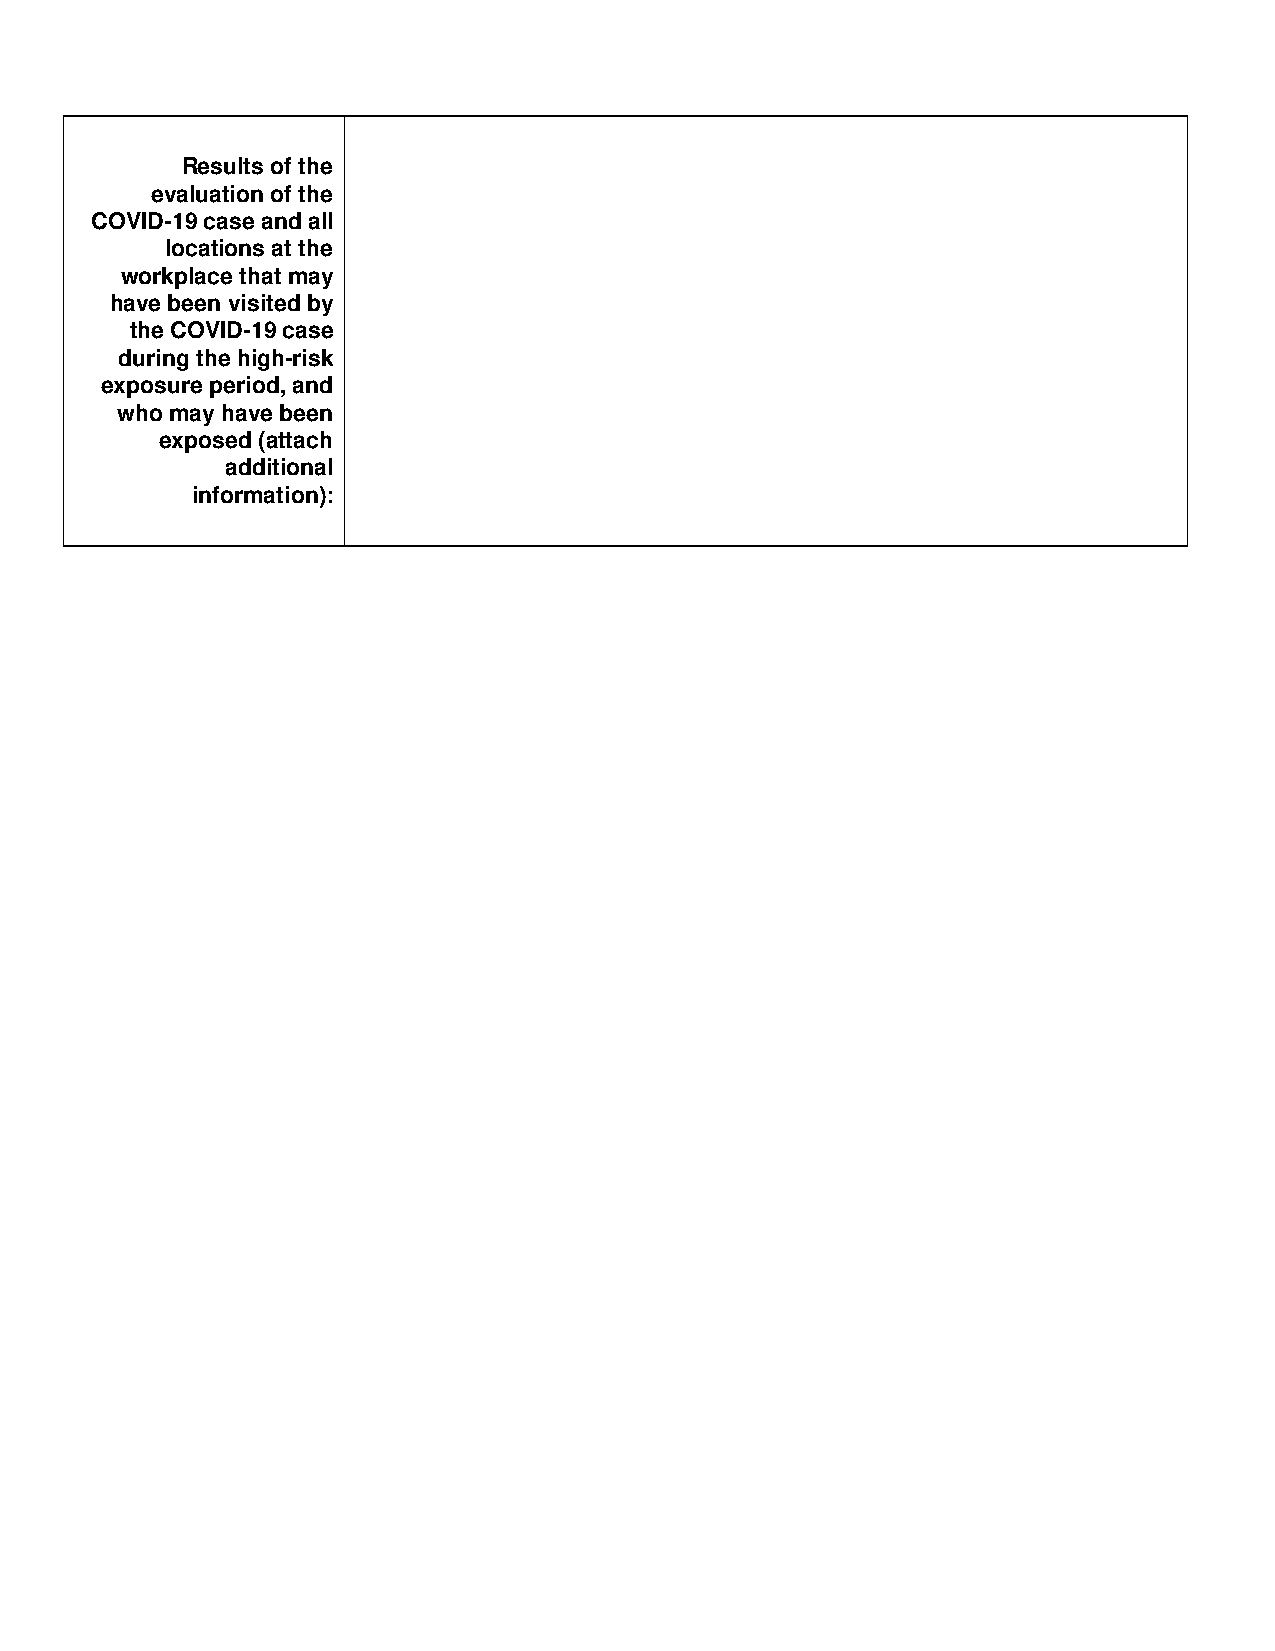
COVID-19 Case Investigation Information
 Results of the
 evaluation of the
 COVID-19 case and all
 locations at the
 workplace that may
 have been visited by
 the COVID-19 case
 during the high-risk
 exposure period, and
 who may have been
 exposed (attach
 additional
 information):